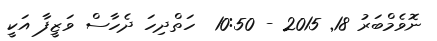
ނޮވެމްބަރު 18